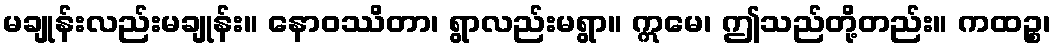
မချုန်းလည်းမချုန်း။ နောဝဿိတာ၊ ရွာလည်းမရွာ။ ဣမေ၊ ဤသည်တို့တည်း။ ကထဉ္စ၊